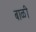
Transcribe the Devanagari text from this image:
बाळी